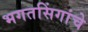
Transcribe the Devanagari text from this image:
भगतसिंगांचे